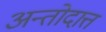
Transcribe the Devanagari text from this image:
अन्तोदात्त